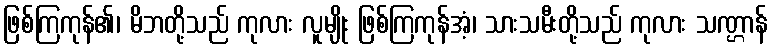
ဖြစ်ကြကုန်၏၊ မိဘတို့သည် ကုလား လူမျိုး ဖြစ်ကြကုန်အံ့၊ သားသမီးတို့သည် ကုလား သဏ္ဌာန်